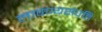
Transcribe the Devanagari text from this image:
लावण्यसंपत्ति